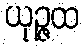
ယုဉ္ဇထ